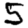
Digit: 5